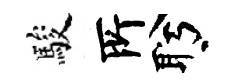
駿𠩄盻